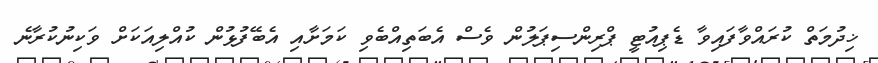
ޚިދުމަތް ކުރައްވާފައިވާ ޑެޕިއުޓީ ޕްރިންސިޕަލުން ވެސް އެބަތިއްބެވި ކަމަށާއި އެބޭފުޅުން ކުއްލިއަކަށް ވަކިނުކުރާނެ